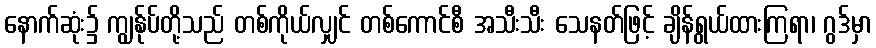
နောက်ဆုံး၌ ကျွန်ုပ်တို့သည် တစ်ကိုယ်လျှင် တစ်ကောင်စီ အသီးသီး သေနတ်ဖြင့် ချိန်ရွယ်ထားကြရာ၊ ဂွဒ်မှာ